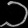
Digit: ၁